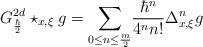
LaTeX: \begin{align*}G_{\frac{\hbar}{2}}^{2d}\star_{x,\xi}g=\underset{0\leq n\leq\frac{m}{2}}{\sum}\frac{\hbar^{n}}{4^{n}n!}\Delta_{x,\xi}^{n}g\end{align*}